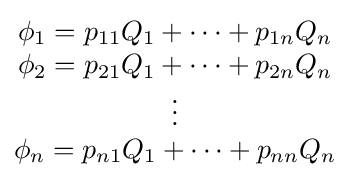
{\begin{matrix}\phi _{1}=p_{11}Q_{1}+\cdots +p_{1n}Q_{n}\\\phi _{2}=p_{21}Q_{1}+\cdots +p_{2n}Q_{n}\\\vdots \\\phi _{n}=p_{n1}Q_{1}+\cdots +p_{nn}Q_{n}\end{matrix}}